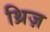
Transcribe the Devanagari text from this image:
थ्रिज़